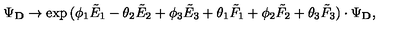
\Psi _ { \bf D } \rightarrow \exp { ( \phi _ { 1 } { \tilde { E } } _ { 1 } - \theta _ { 2 } { \tilde { E } } _ { 2 } + \phi _ { 3 } { \tilde { E } } _ { 3 } + \theta _ { 1 } { \tilde { F } } _ { 1 } + \phi _ { 2 } { \tilde { F } } _ { 2 } + \theta _ { 3 } { \tilde { F } } _ { 3 } ) } \cdot \Psi _ { \bf D } ,